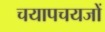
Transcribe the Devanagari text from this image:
चयापचयजों